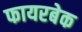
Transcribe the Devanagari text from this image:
फायरबेक